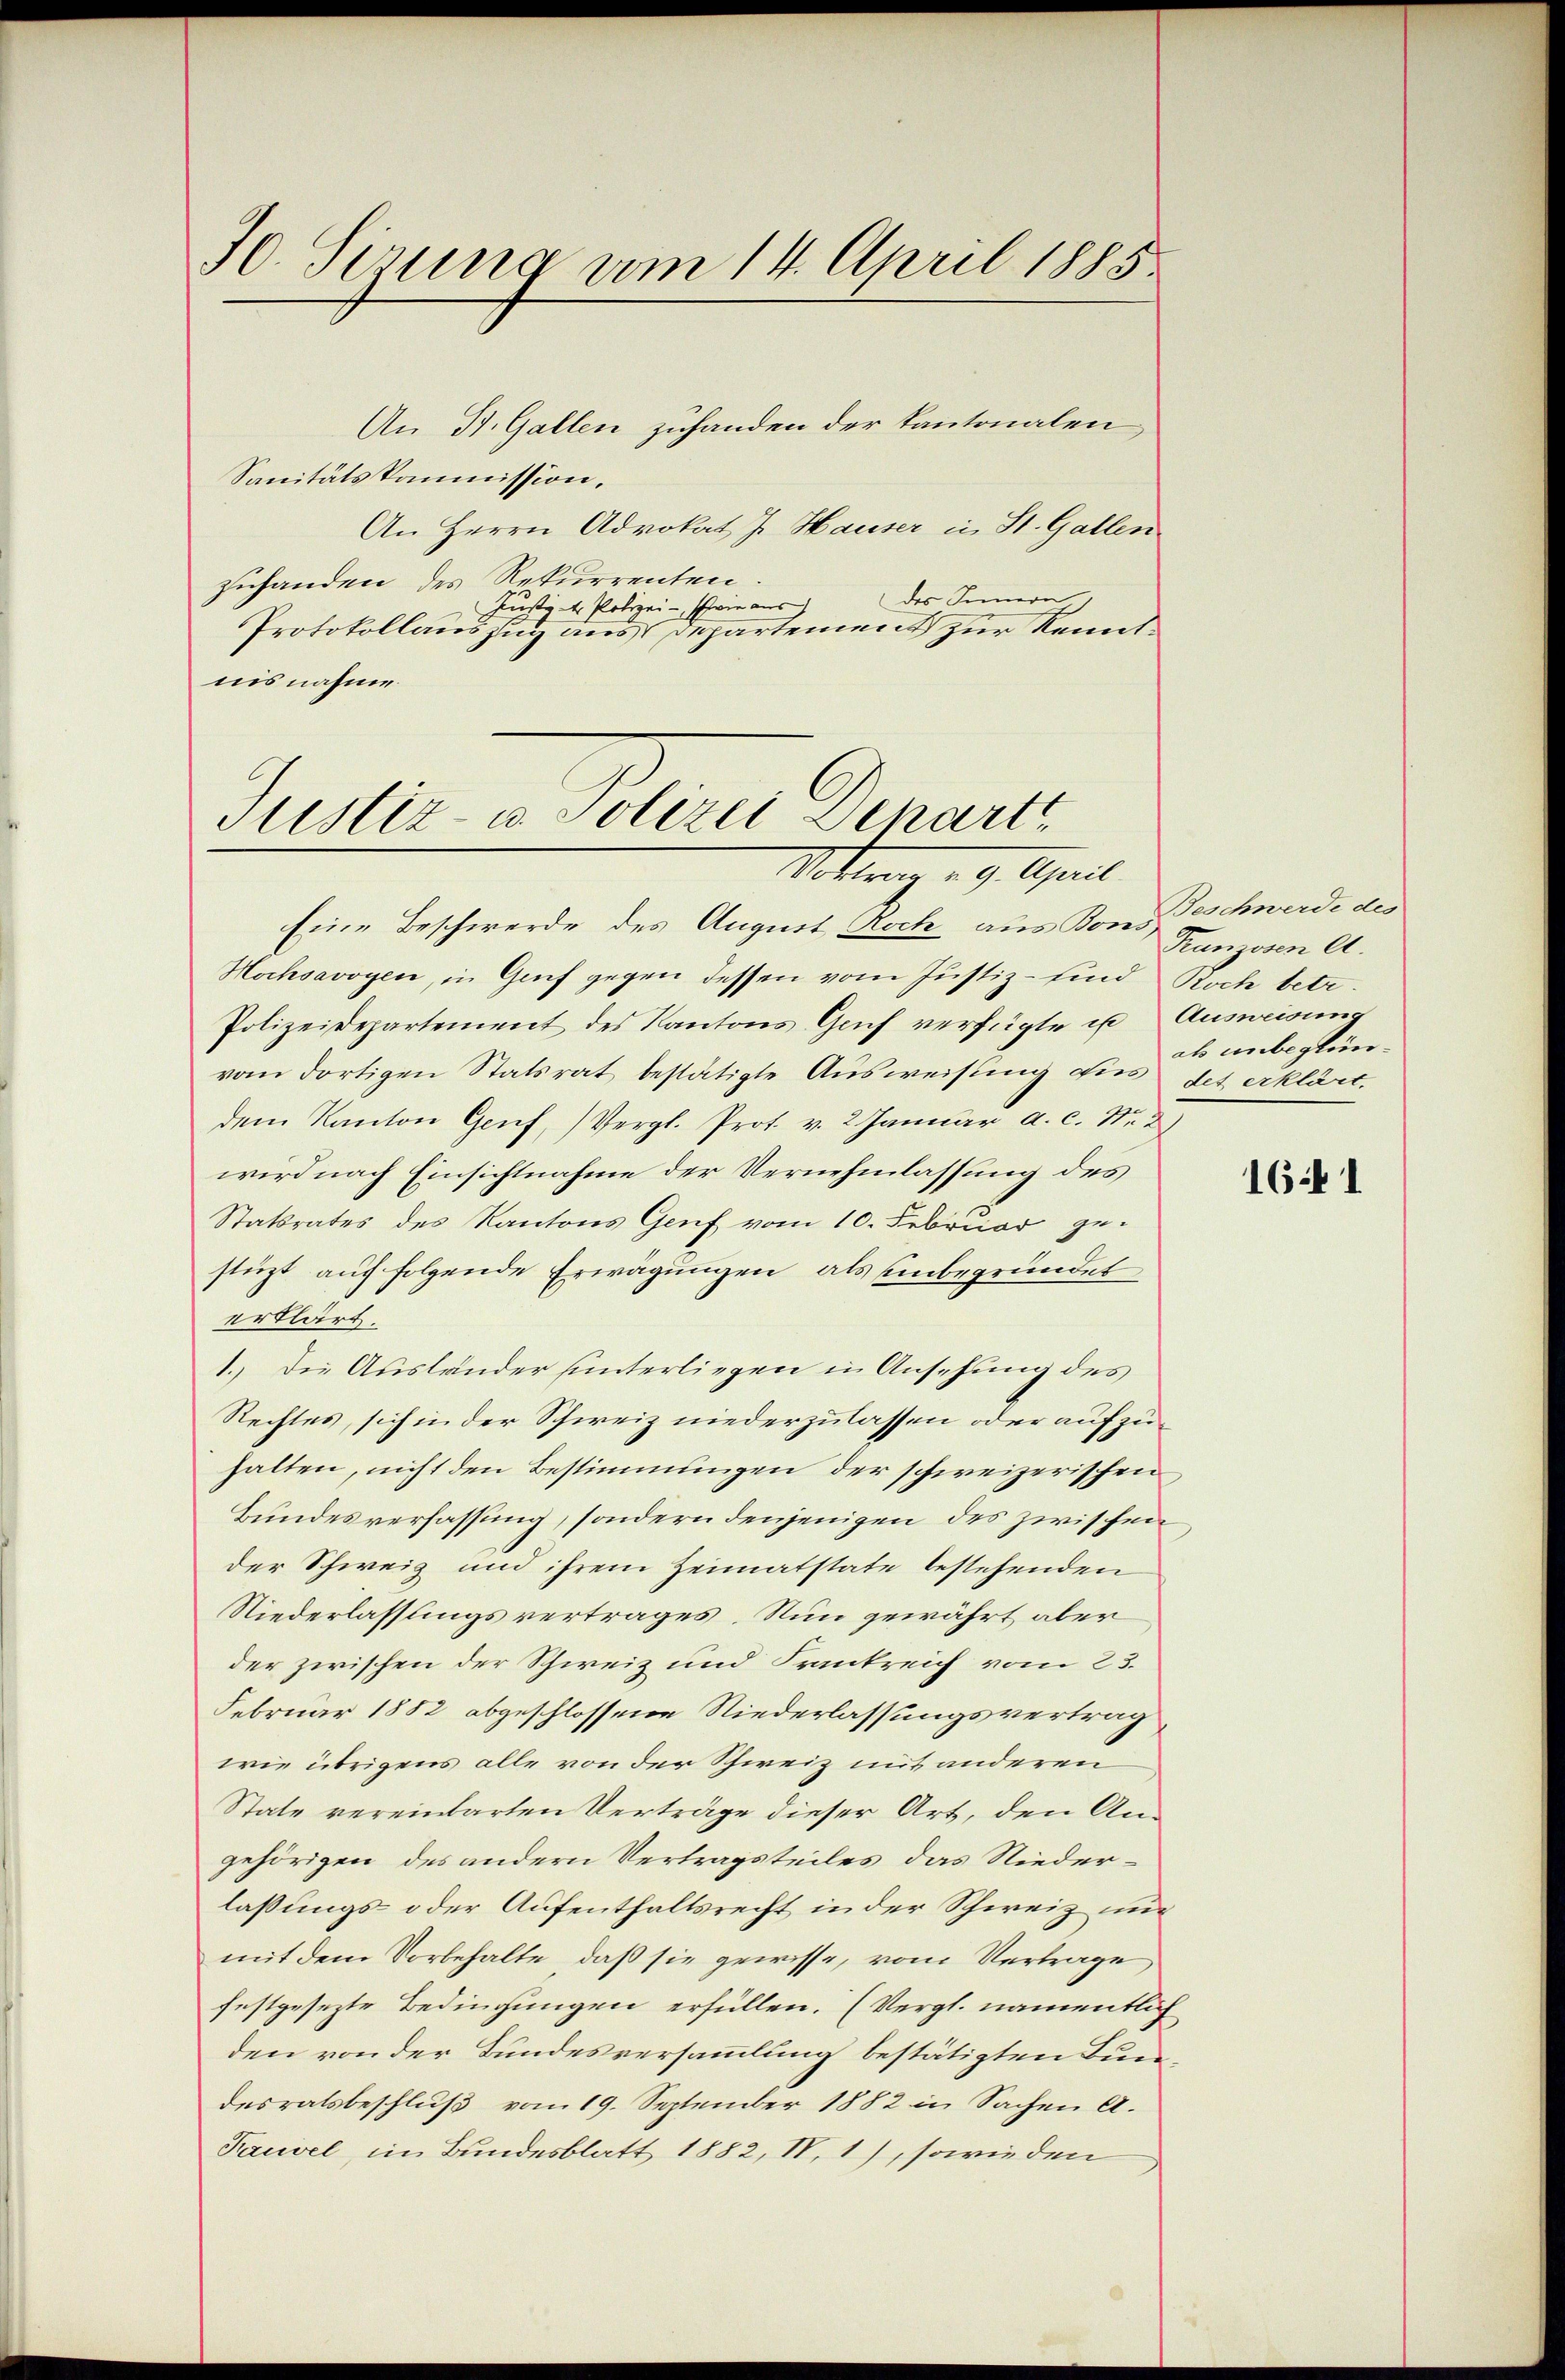
J0. Sirung am 14. April 1885.

An St. Gallen zuhanden der Kantonalen
Sanitätskommission.
An Herrn Advokat J. Hauser in St. Gallen
zuhanden des Rekurrenten
des Innern
Justiz- & Polizei - schwie aus
Protokollauszug aus Departement zur Kenntnisnahme.

Justiz- u. Polizei Depart
Mottrag v. 9. April.

Eine Beschwerde des August Roch aus Kons Geschwerde des
Hochsavoyen, in Genf gegen dessen vom Justiz - sind Koch betr.
Polizeidepartement des Kantons Genf verfügte ist Ausweisung
vom dortigen Statsrat bestätigte Ausweisung dies des erklärt.
dem Kanton Genf, (Vergl. Prot. v. 2. Januar a. c. Nr. 2
wird nach Einsichtnahme der Vernehmlassung des
Statsrates des Kantons Genf vom 10. Februar gestüzt auf folgende Erwägungen, als unbegründet
erklärt.
1.) Die Ausländer unterliegen in Ansehung des
Rechtes, sich in der Schweiz niederzulassen oder aufzuhalten, nicht den Bestimmungen der schweizerischen
Bundesverfassung, sondern denjenigen des zwischen
der Schweiz und ihrem Heimatstate bestehenden
Niederlassungsvertrages. Nun gewährt aber
der zwischen der Schweiz und Frankreich vom 23.
Februar 1882 abgeschlossene Niederlassungsvertrag
wie übrigens alle von der Schweiz mit anderen
State vereinbarten Verträge dieser Art, den Angehörigen des andern Vertragsteiles das Niederlassungs- oder Aufenthaltsrecht in der Schweiz unmit dem Vorbehalte, daß sie gewisse, vom Vertrage
festgesezte Bedingungen erfüllen. (Vergl. namentlich
den von der Bundesversammlung bestätigten Bundesratsbeschluß vom 19. September 1882 in Sachen A.
Pausel, im Bundesblatt 1882, IV, 1), sowie den

Franzosen A.
als unbeglün¬

1641